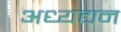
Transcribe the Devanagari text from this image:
अध्यद्यन